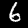
Label: 6